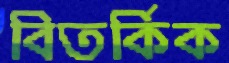
বিতর্কিক